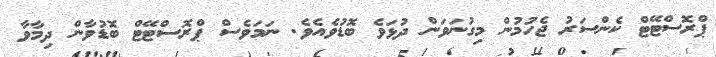
ޕްރޮސްޓޭޓް ކެންސަރު ޖެހުމުން މިގުނަވަން ދުޅަވެ ބޮޑުވެއެވެ. ނަމަވެސް ޕްރޮސްޓޭޓް ބޮޑުވާން ދިމާވާ